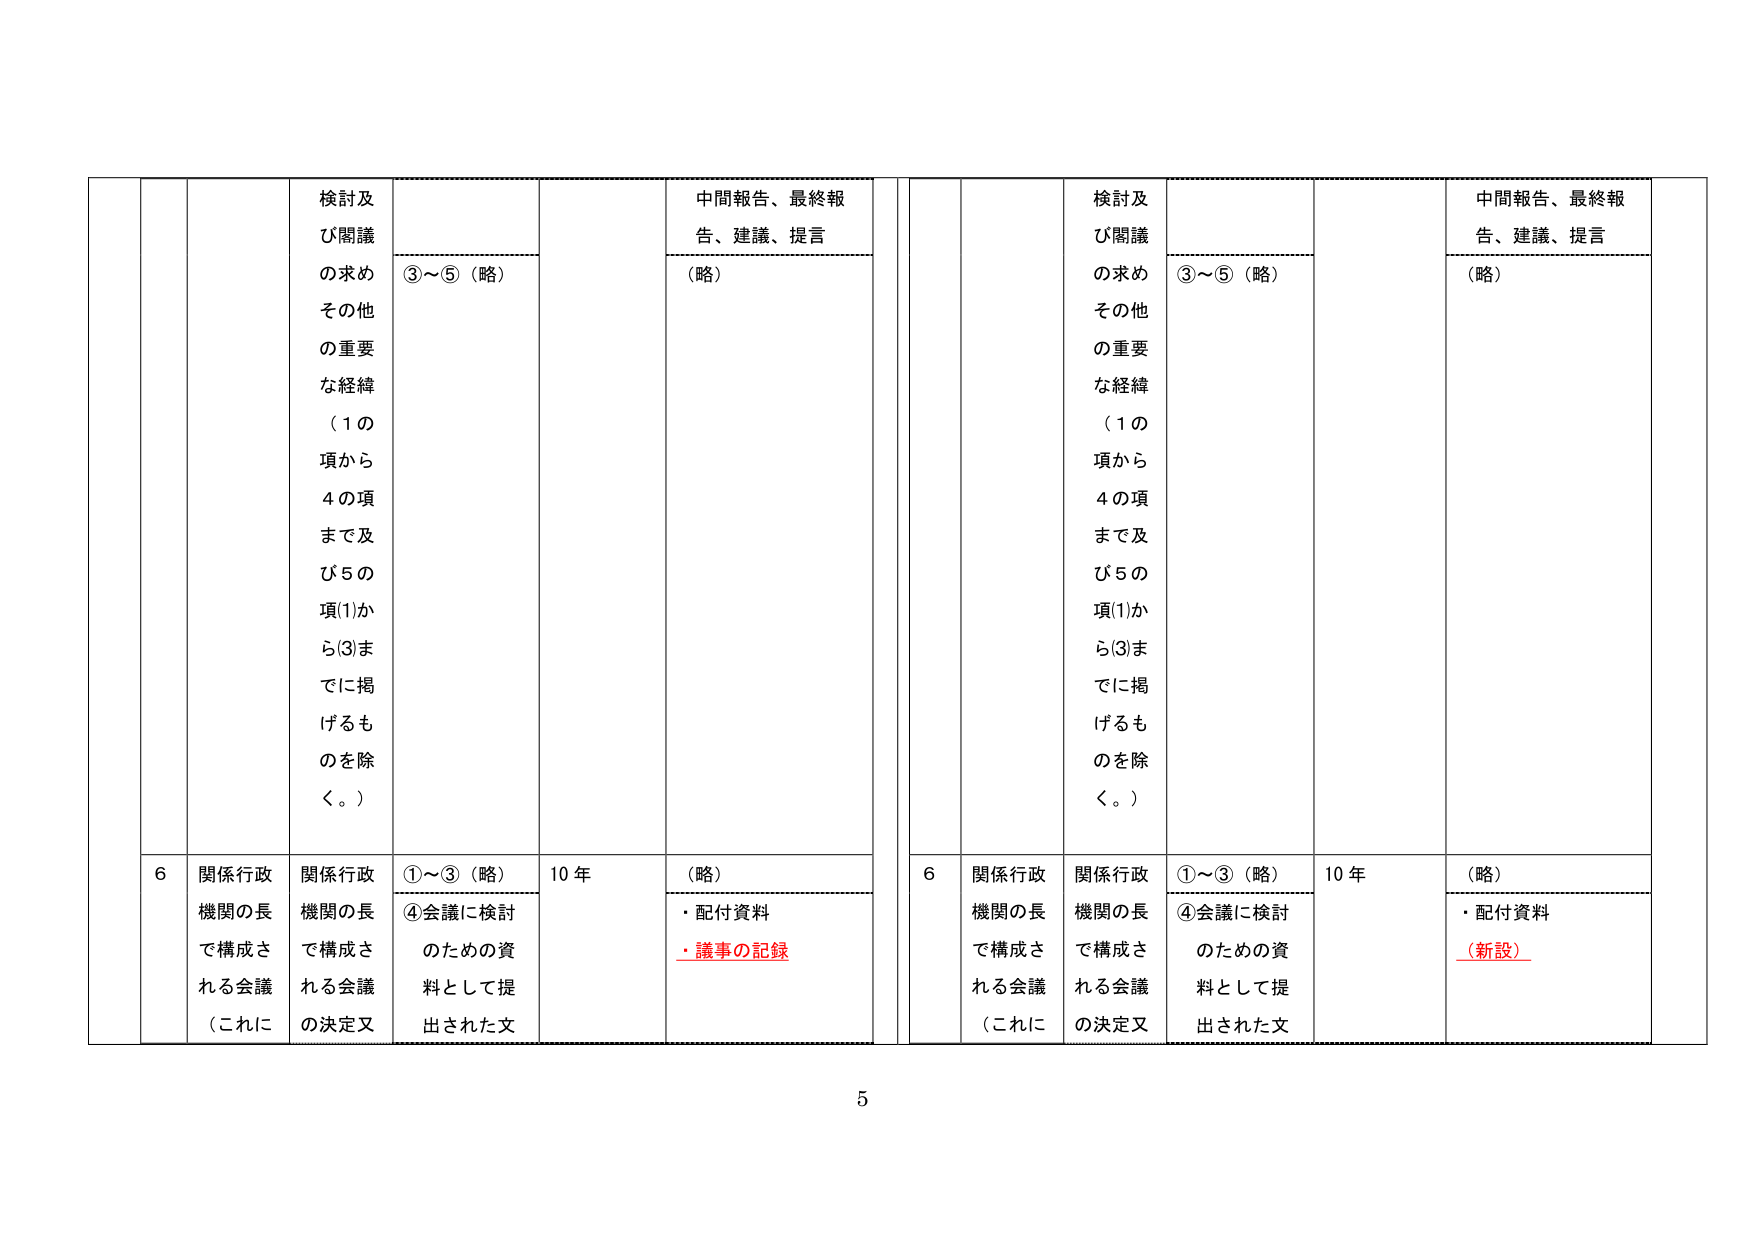
検討及び開議の求め その他 の重要 な経緯 （1の 項から 4の項 まで及 び5の 項(1)か ら(3)ま でに掲 げるも のを除 く。）
③～⑤（略）
中間報告、最終報告、建議、提言 （略）
6 関係行政 機関の長 で構成さ れる会議 （これに
関係行政 機関の長 で構成さ れる会議 の決定又
①～③（略）
④会議に検討 のための資 料として提 出された文
10 年
（略）
・配付資料
・議事の記録
検討及び開議の求め その他 の重要 な経緯 （1の 項から 4の項 まで及 び5の 項(1)か ら(3)ま でに掲 げるも のを除 く。）
③～⑤（略）
中間報告、最終報告、建議、提言 （略）
6 関係行政 機関の長 で構成さ れる会議 （これに
関係行政 機関の長 で構成さ れる会議 の決定又
①～③（略）
④会議に検討 のための資 料として提 出された文
10 年
（略）
・配付資料
（新設）
5